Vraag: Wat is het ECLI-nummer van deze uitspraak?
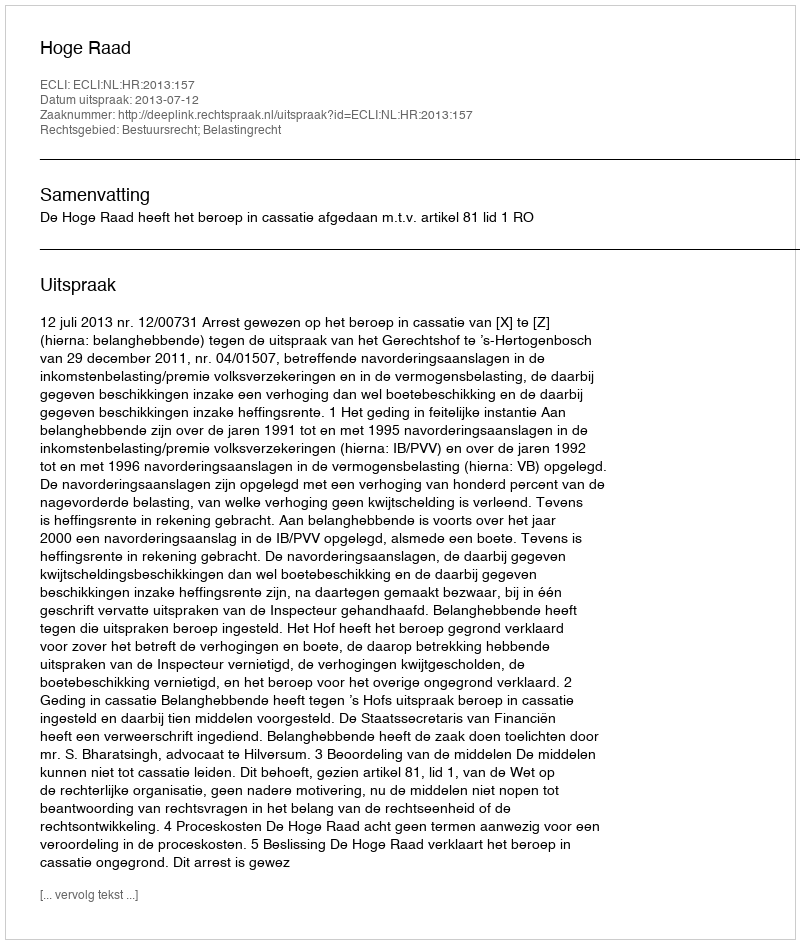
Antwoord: ECLI:NL:HR:2013:157